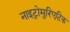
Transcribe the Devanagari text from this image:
नाइट्रोमुरिएटिक